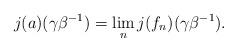
LaTeX: \begin{align*} j(a)(\gamma\beta^{-1})=\lim_{n}j(f_{n})(\gamma\beta^{-1}). \end{align*}